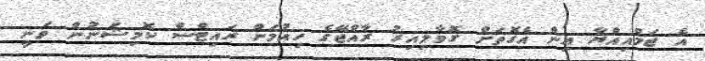
އެ ޖަމްއިއްޔާ އިން އެގޮތަށް ގޮވާލިއިރު ރާއްޖޭގެ ހިއުމަން ރައިޓްސް ކޮމިޝަނުން ވަނީ